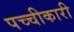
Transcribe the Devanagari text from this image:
पच्‍चीकारी